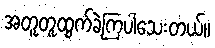
အတူတူထွက်ခဲ့ကြပါသေးတယ်။